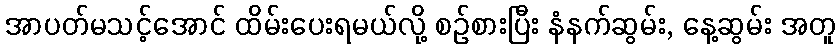
အာပတ်မသင့်အောင် ထိမ်းပေးရမယ်လို့ စဉ်စားပြီး နံနက်ဆွမ်း, နေ့ဆွမ်း အတူ